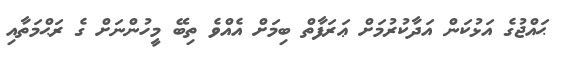
ޙައްޖުގެ އަޅުކަން އަދާކުރުމަށް ޢަރަފާތް ބިމަށް އެއްވެ ތިބޭ މީހުންނަށް ގެ ރަޙްމަތާއި